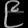
Digit: ၉